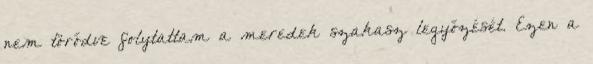
nem törődve folytattam a meredek szakasz legyőzését. Ezen a